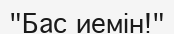
"Бас иемін!"